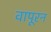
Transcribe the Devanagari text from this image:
वापूरन